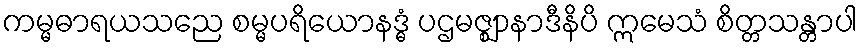
ကမ္မဓာရယသညေ စမ္မပရိယောနဒ္ဓံ ပဌမဇ္ဈာနာဒီနိပိ ဣမေသံ စိတ္တသန္တာပါ